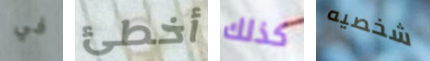
في أخطئ كذلك شخصيه